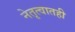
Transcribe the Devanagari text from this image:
नेतृत्वातही